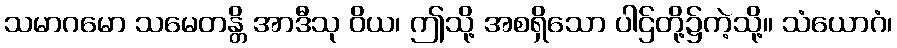
သမာဂမော သမေတန္တိ အာဒီသု ဝိယ၊ ဤသို့ အစရှိသော ပါဌ်တို့၌ကဲ့သို့။ သံယောဂံ၊